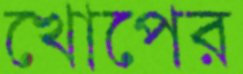
খোপের